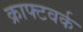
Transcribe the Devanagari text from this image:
क्राफ्टवर्क